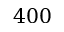
4 0 0